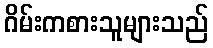
ဂိမ်းကစားသူများသည်